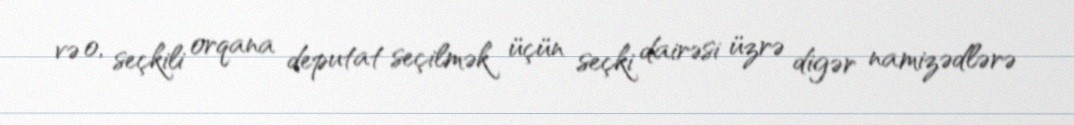
və o, seçkili orqana deputat seçilmək üçün seçki dairəsi üzrə digər namizədlərə